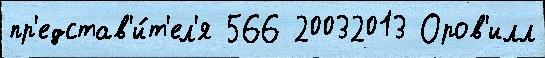
пр'едстав'и́т'ел'я 566 20032013 Оров'илл